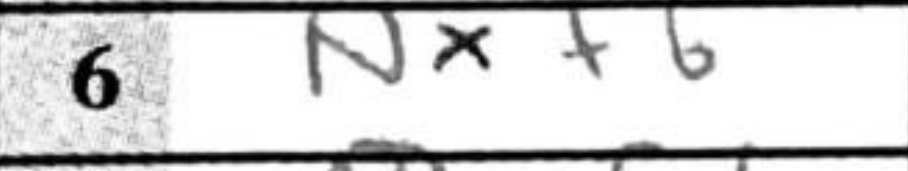
Transcription: Nxf6